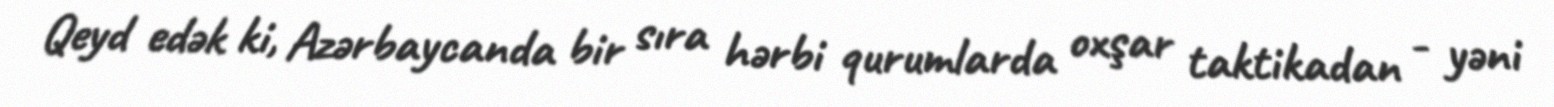
Qeyd edək ki, Azərbaycanda bir sıra hərbi qurumlarda oxşar taktikadan - yəni